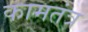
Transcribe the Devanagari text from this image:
कामतंत्र